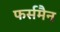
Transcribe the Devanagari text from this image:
फर्समैन